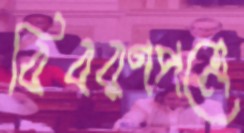
বিবরণপত্রে